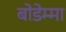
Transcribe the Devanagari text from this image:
बोडेम्मा